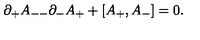
\partial _ { + } A _ { -- } \partial _ { - } A _ { + } + [ A _ { + } , A _ { - } ] = 0 .